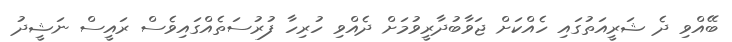
ބޭއްވި ދެ ޝަރީއަތުގައި ހެއްކަށް ޖަވާބުދާރީވުމަށް ދެއްވި ހުރިހާ ފުރުސަތެއްގައިވެސް ރައީސް ނަޝީދު